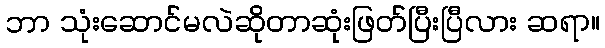
ဘာ သုံးဆောင်မလဲဆိုတာဆုံးဖြတ်ပြီးပြီလား ဆရာ။